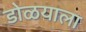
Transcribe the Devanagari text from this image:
डोळयाला